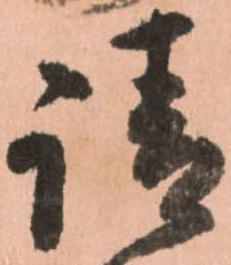
請